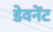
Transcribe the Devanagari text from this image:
डेवनेंट